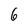
Character: 6